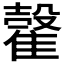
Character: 𩀠